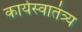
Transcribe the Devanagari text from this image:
कार्यस्वातंत्र्य